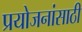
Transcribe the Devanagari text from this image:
प्रयोजनांसाठी